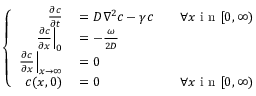
\left\{ \begin{array} { r l r } { \frac { \partial c } { \partial t } } & { { } = D \nabla ^ { 2 } c - \gamma c } & { \quad \forall x \mathrm { ~ i ~ n ~ } [ 0 , \infty ) } \\ { \left. \frac { \partial c } { \partial x } \right| _ { 0 } } & { { } = - \frac { \omega } { 2 D } } \\ { \left. \frac { \partial c } { \partial x } \right| _ { x \rightarrow \infty } } & { { } = 0 } \\ { c ( x , 0 ) } & { { } = 0 } & { \forall x \mathrm { ~ i ~ n ~ } [ 0 , \infty ) } \end{array} \right.